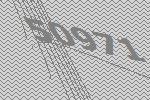
50971